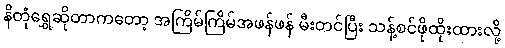
နိတုံရွှေဆိုတာကတော့ အကြိမ်ကြိမ်အဖန်ဖန် မီးတင်ပြီး သန့်စင်ဖိုထိုးထားလို့